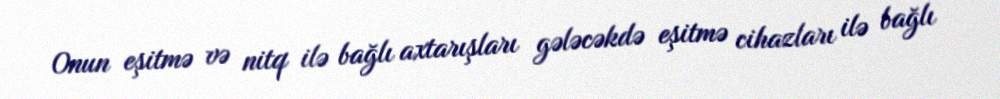
Onun eşitmə və nitq ilə bağlı axtarışları gələcəkdə eşitmə cihazları ilə bağlı